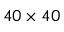
4 0 \times 4 0